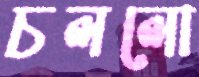
চললো